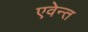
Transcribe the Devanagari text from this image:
एवेन्त